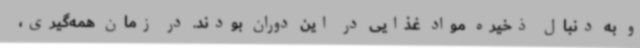
و به دنبال ذخیره مواد غذایی در این دوران بودند. در زمان همه‌گیری،